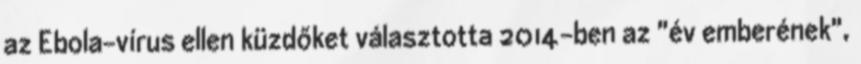
az Ebola-vírus ellen küzdőket választotta 2014-ben az "év emberének",